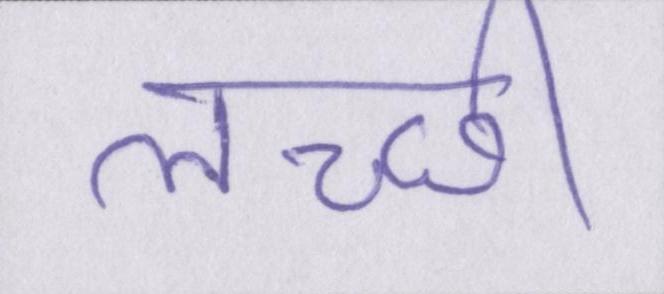
लच्छी